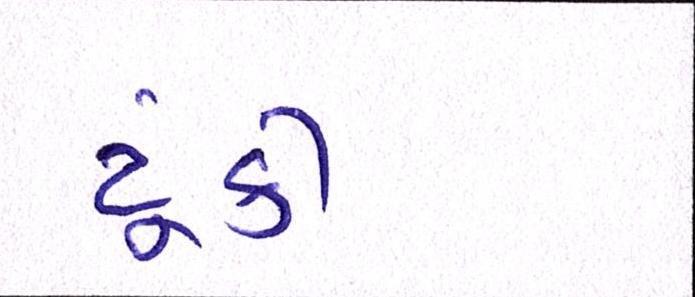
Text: ટૂંકી